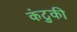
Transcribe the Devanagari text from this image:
कंटुकी